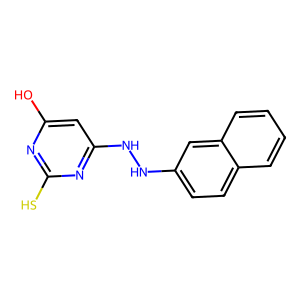
SMILES: Oc1cc(NNc2ccc3ccccc3c2)nc(S)n1
Inhibits HIV replication: No